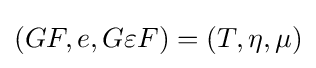
(GF,e,G\varepsilon F)=(T,\eta ,\mu )